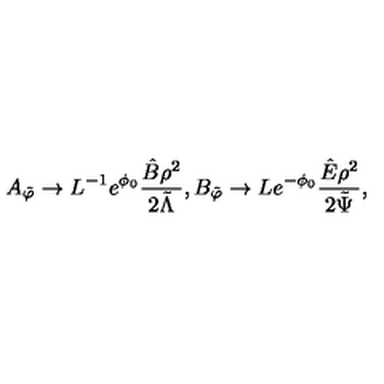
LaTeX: A _ { \tilde { \varphi } } \rightarrow L ^ { - 1 } e ^ { \phi _ { 0 } } \frac { \hat { B } \rho ^ { 2 } } { 2 \tilde { \Lambda } } , B _ { \tilde { \varphi } } \rightarrow L e ^ { - \phi _ { 0 } } \frac { \hat { E } \rho ^ { 2 } } { 2 \tilde { \Psi } } ,